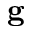
\mathbf { g }